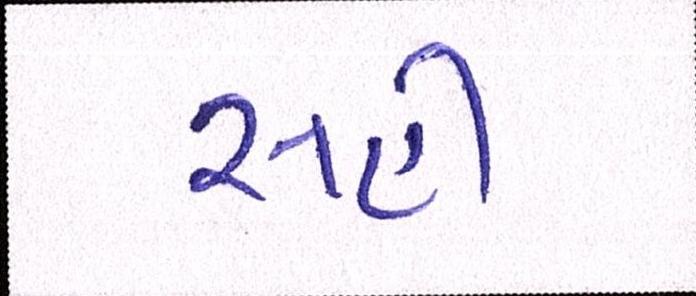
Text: સહી